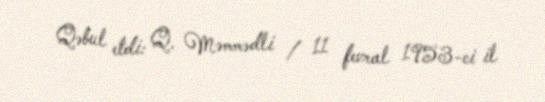
Qəbul etdi: Q. Məmmədli / 11 fevral 1953-ci il